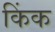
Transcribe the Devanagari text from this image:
किंक